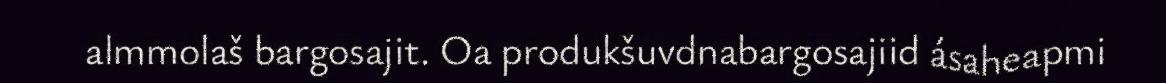
almmolaš bargosajit. Oa produkšuvdnabargosajiid ásaheapmi